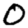
Digit: 0